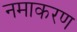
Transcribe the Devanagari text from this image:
नमाकरण